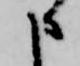
申